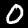
Label: 0